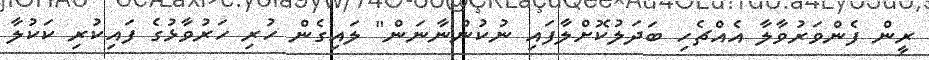
ރީން ފެންވަރުވާލާ އެއްޗެހި ބަދަލުކޮށްލާފައި ނުކުންނާނަން" ލައިގެން ހުރި ހަރުވާޅުގެ ފައިކުރި ކަކުލާ